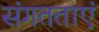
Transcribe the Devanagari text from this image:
संगतताएं